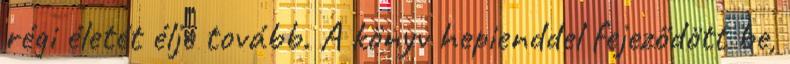
régi életét élje tovább. A könyv hepienddel fejeződött be,